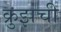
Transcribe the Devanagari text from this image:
क्रुझची